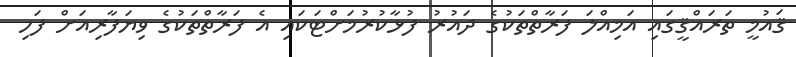
ޤައުމީ ތަރައްޤީގައި އަމިއްލަ ފަރާތްތަކުގެ ދައުރު ފުޅާކުރުމަށްޓަކައި އެ ފަރާތްތަކުގެ ވިޔަފާރިއަށް ފަހި